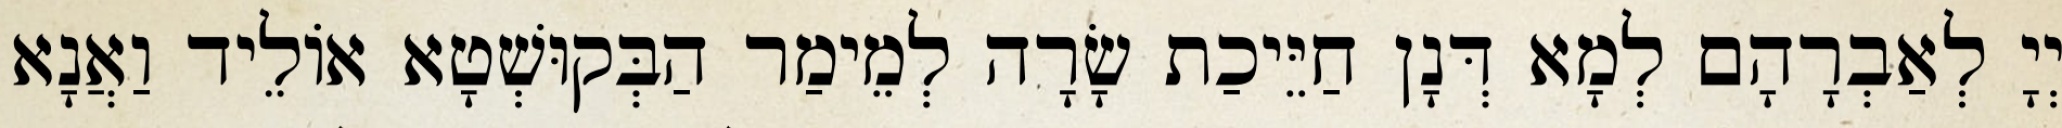
יְיָ לְאַבְרָהָם לְמָא דְּנָן חַיֵּיכַת שָׂרָה לְמֵימַר הַבְּקוּשְׁטָא אוֹלֵיד וַאֲנָא